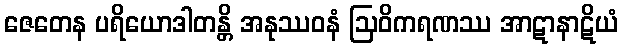
ဇေတေန ပရိယောဒါတန္တိ အနုဿဝနံ ဩဝိကရဏဿ အာဋာနာဋိယံ